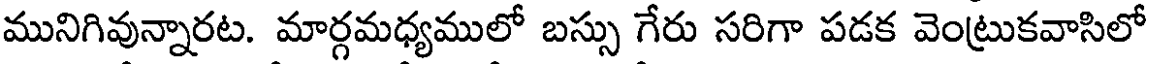
మునిగివున్నారట. మార్గమధ్యములో బస్సు గేరు సరిగా పడక వెంట్రుకవాసిలో